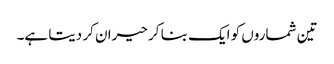
تین شماروں کو ایک بنا کر حیران کر دیتا ہے۔